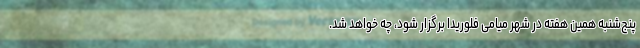
پنج‌شنبه همین هفته در شهر میامی فلوریدا برگزار شود، چه خواهد شد.